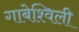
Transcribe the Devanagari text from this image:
गाबेश्विली